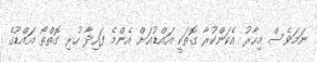
ނަމަވެސް މިހާރު އެކަންކުރާ ގޮތަކީ އައްޑުއަށް އެންމެ ފައިދާ ހުރި ގޮތްތޯ އައްޑޫގެ